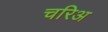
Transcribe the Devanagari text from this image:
चरिअ